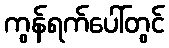
ကွန်ရက်ပေါ်တွင်